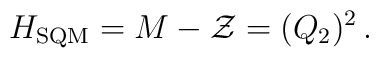
H_{\rm SQM}=M-{\cal Z}=(Q_2)^2\,.